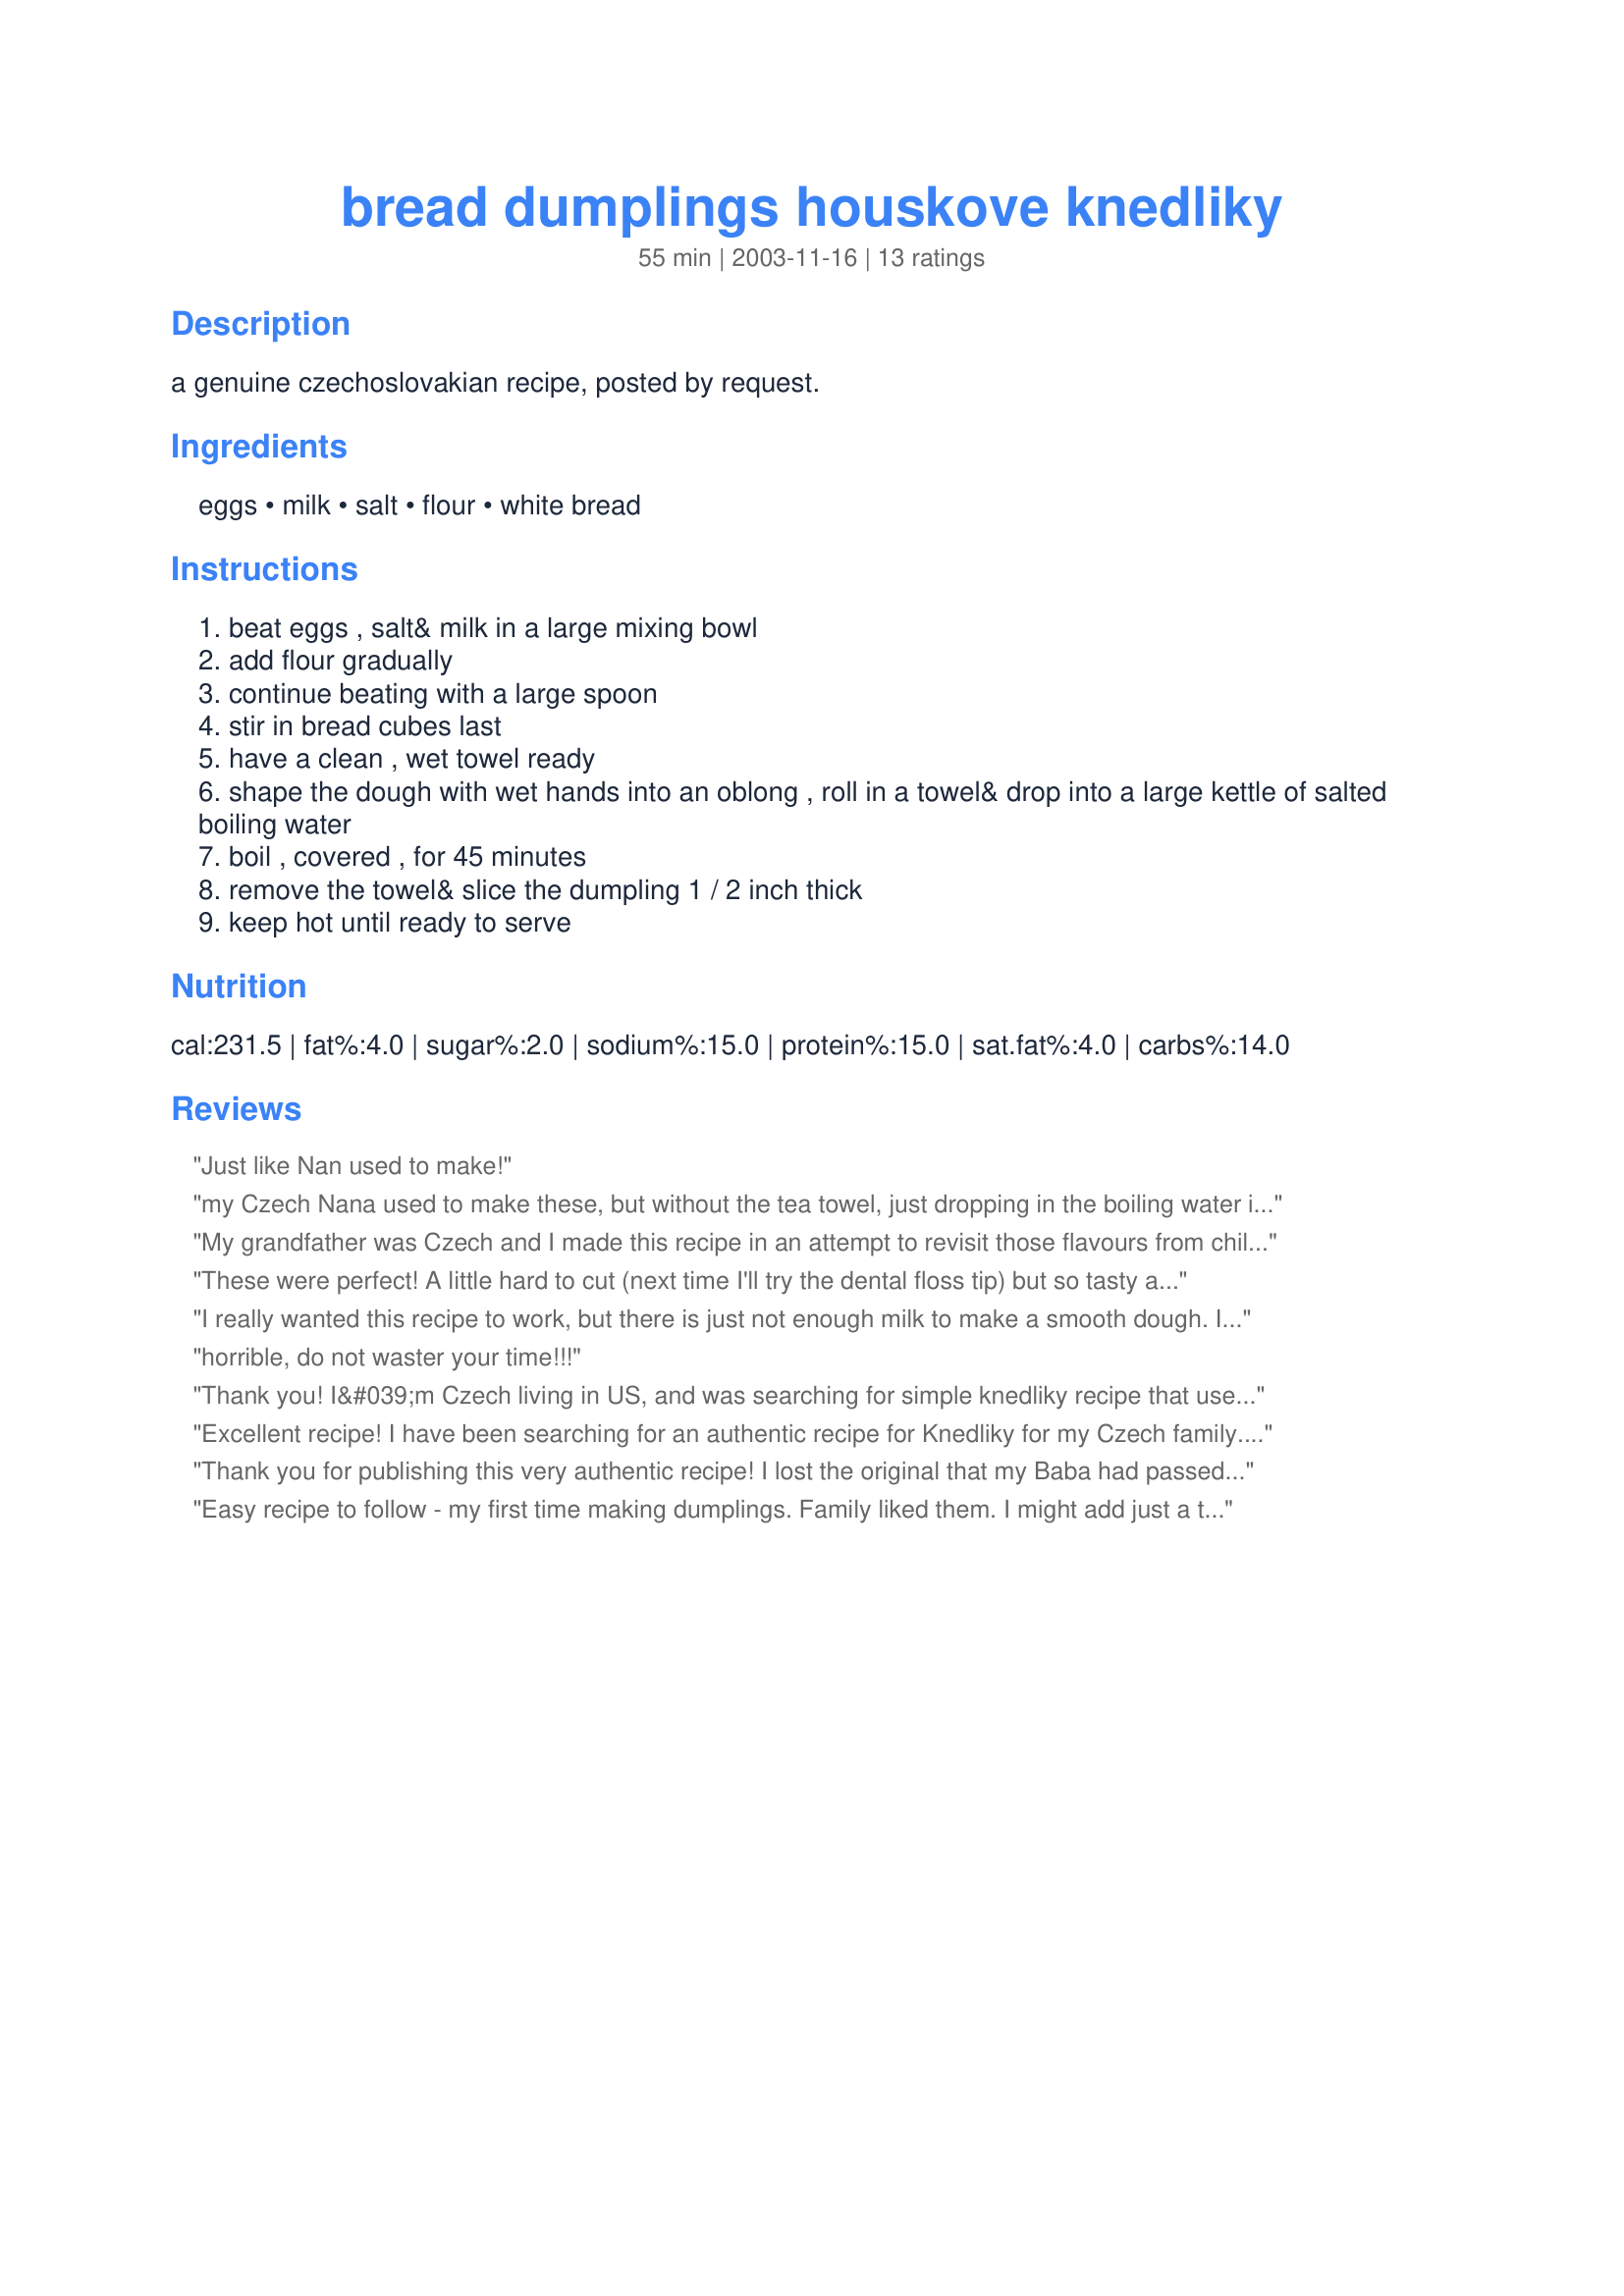
bread dumplings houskove knedliky
Preparation time: 55 minutes

a genuine czechoslovakian recipe, posted by request.

Ingredients:
eggs, milk, salt, flour, white bread

Steps:
beat eggs , salt& milk in a large mixing bowl
add flour gradually
continue beating with a large spoon
stir in bread cubes last
have a clean , wet towel ready
shape the dough with wet hands into an oblong , roll in a towel& drop into a large kettle of salted boiling water
boil , covered , for 45 minutes
remove the towel& slice the dumpling 1 / 2 inch thick
keep hot until ready to serve

Reviews:
Just like Nan used to make!
my Czech Nana used to make these, but without the tea towel, just dropping in the boiling water instead. She cut them to width using a taut length of dental floss - she explained that was what kept them fluffy as using a knife can compress them a bit. they are delicious with paprika chicken, or roast pork and sauerkraut.
My grandfather was Czech and I made this recipe in an attempt to revisit those flavours from childhood. I struggled to mix all the flour in as the dough was so dry and I ended up adding more milk. Probably a rookie mistake as I didn't know what consistency it should be. The dumplings turned out pretty close to what my dad and I remembered, though they were quite dense in between the still visible cubes of bread - maybe because I added more milk?. But we liked em! Nice flavour and great for soaking up the pork gravy. Any tips to get them lighter? Thanks for posting this recipe as I enjoyed the whole experience.
These were perfect! A little hard to cut (next time I'll try the dental floss tip) but so tasty and just like I remember from Prague. Thanks for the great recipe!
I really wanted this recipe to work, but there is just not enough milk to make a smooth dough. I kept adding milk in order to bring the dough together, but once it was cooked it was tough and very dry in the center. I have looked at other recipes that call for more milk and way less flour, I will try those. Sorry, I recommend looking for another recipe.
horrible, do not waster your time!!!
Thank you! I&#039;m Czech living in US, and was searching for simple knedliky recipe that uses baking powder instead of yeast. I used wondra flour about 2 cups, ended up with stiff dough but knedliky came out ok. I just need to figure out how to steam them instead.
Excellent recipe! I have been searching for an authentic recipe for Knedliky for my Czech family. This one gets a gold star! Its the best.
Thank you for publishing this very authentic recipe! I lost the original that my Baba had passed on to my mother and missed this simple wonderful food, now I can make my own! I add caraway seeds to mine and they turn out the same as my Baba used to make! Great with Chicken, Pork or Veal roast and sauerkraut!
Easy recipe to follow - my first time making dumplings. Family liked them. I might add just a tad bit more milk next time. When forming dough it is dry - which is difficult to get used to.
THANK YOU for the perfect bohemian bread dumpling! I'm from Chicago and we have GREAT bohemian restaurants all throughout the area and breaded pork tenderloin with bread dumplings was my favorite restaurant comfort food. I have even been importing frozen bread dumplings (that can only be found in Chicago stores) because I didn't have a recipe for these. My mom was here (who also loves these) and we were blown away!!! I was skeptical that these could turn out as good as the ones we grew up on but this was as good, if not better. SUPER!!!! It was a bit hard to mix everything together but the rolling in a towel method helped to shape it greatly and the flavor was wonderful!! Thank you!!!
I have been looking for this for years.
I followed the recipe exactly and they came out hard on the inside and soggy on the outside. Terrible!
Any suggestios?
